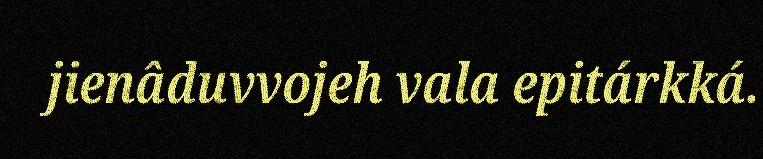
jienâduvvojeh vala epitárkká.